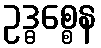
ဥဒ္ဓစ္စေန